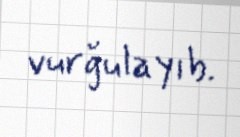
vurğulayıb.